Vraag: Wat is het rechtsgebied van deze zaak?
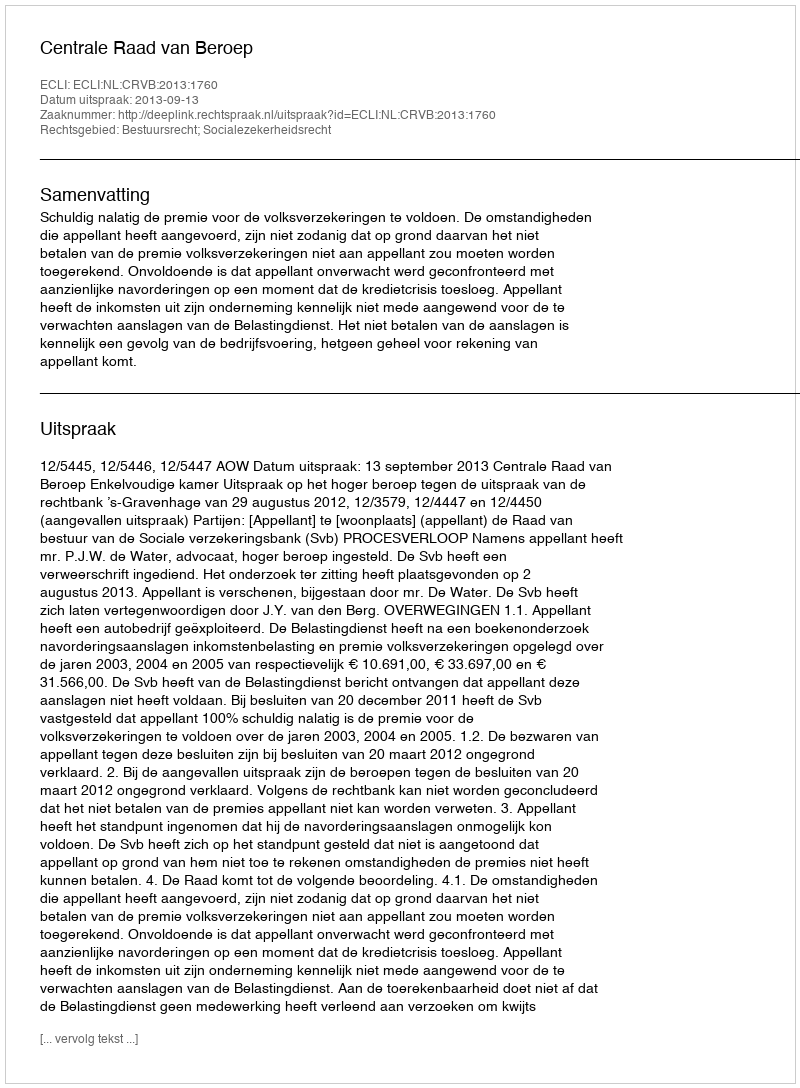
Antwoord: Bestuursrecht; Socialezekerheidsrecht